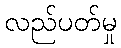
လည်ပတ်မှု